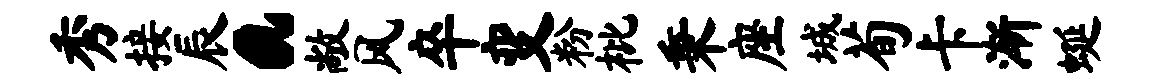
秀接辰a敞风卒变粉枇秉座城荀卡渐蜒